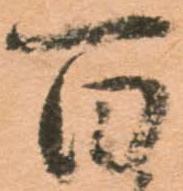
百